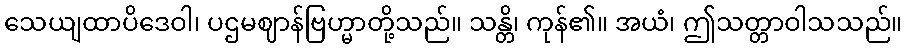
သေယျထာပိဒေဝါ၊ ပဌမဈာန်ဗြဟ္မာတို့သည်။ သန္တိ၊ ကုန်၏။ အယံ၊ ဤသတ္တာဝါသသည်။